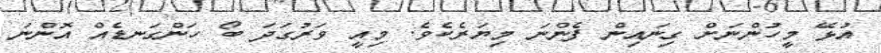
އުޅޭ މީހުންނަށް ގިނައިން ފެންނަ މިޔަރެކެވެ. މިއީ ވަރުގަދަ ބޯ ހަންގަނޑެއް އޮންނަ